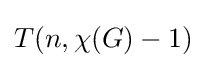
T(n,\chi (G)-1)